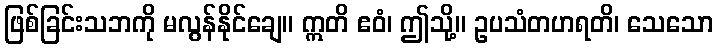
ဖြစ်ခြင်းသဘကို မလွန်နိုင်ချေ။ ဣတိ ဧဝံ၊ ဤသို့။ ဥပသံတဟရတိ၊ သေသော